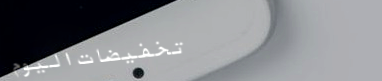
تخفيضات اليوم